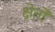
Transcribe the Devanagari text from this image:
क्षेर्तों